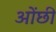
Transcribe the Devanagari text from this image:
ओंछी